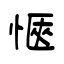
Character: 愜